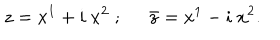
z = x ^ { 1 } + i \ x ^ { 2 } \; ; \; \; { \bar { z } } = x ^ { 1 } - i \ x ^ { 2 } .